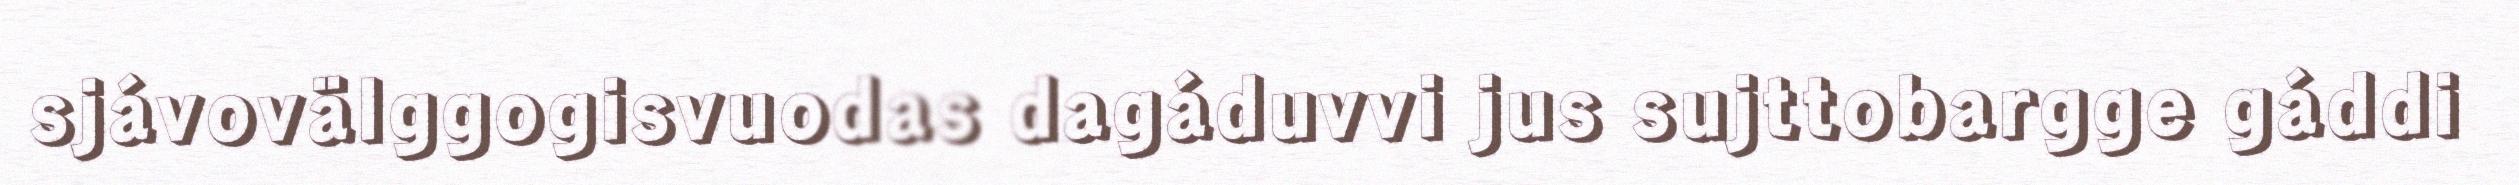
sjávovälggogisvuodas dagáduvvi jus sujttobargge gáddi